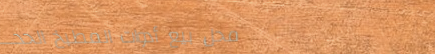
محل بيع أدوات المطبخ الحد